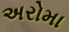
અરોમા